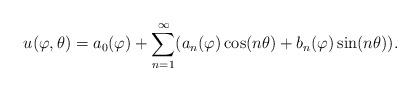
LaTeX: \begin{align*}u(\varphi,\theta)=a_0(\varphi)+\sum_{n=1}^\infty(a_n(\varphi)\cos(n\theta)+b_n(\varphi)\sin(n\theta)).\end{align*}